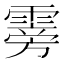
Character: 䨦